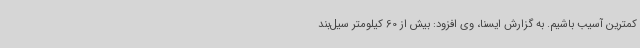
کمترین آسیب باشیم. به گزارش ایسنا، وی افزود: بیش از 60 کیلومتر سیل‌بند